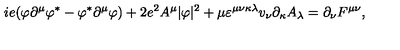
i e ( \varphi \partial ^ { \mu } \varphi ^ { \ast } - \varphi ^ { \ast } \partial ^ { \mu } \varphi ) + 2 e ^ { 2 } A ^ { \mu } | \varphi | ^ { 2 } + \mu \varepsilon ^ { \mu \nu \kappa \lambda } v _ { \nu } \partial _ { \kappa } A _ { \lambda } = \partial _ { \nu } F ^ { \mu \nu } ,